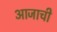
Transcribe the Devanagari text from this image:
आजाची